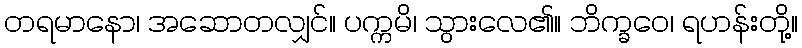
တရမာနော၊ အဆောတလျှင်။ ပက္ကမိ၊ သွားလေ၏။ ဘိက္ခဝေ၊ ရဟန်းတို့။